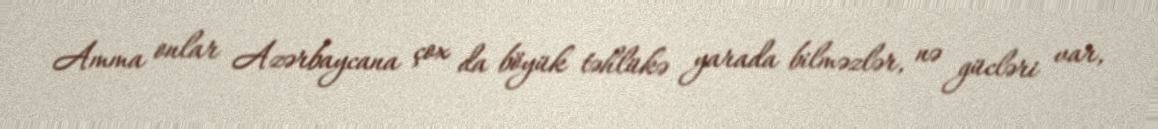
Amma onlar Azərbaycana çox da böyük təhlükə yarada bilməzlər, nə gücləri var,